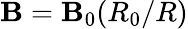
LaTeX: \mathbf{B}=\mathbf{B}_{0}(R_{0}/R)